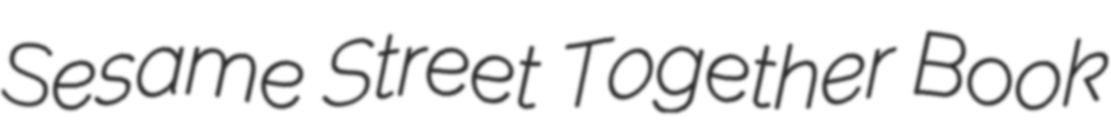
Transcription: Sesame Street Together Book